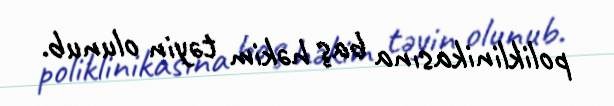
poliklinikasına baş həkim təyin olunub.